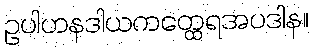
ဥပါဟနဒါယကတ္ထေရအပဒါန။